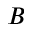
B